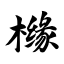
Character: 橼